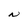
Character: N